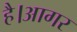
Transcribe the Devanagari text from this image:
है।आगर